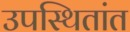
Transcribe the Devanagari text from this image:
उपस्थितांत